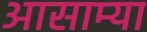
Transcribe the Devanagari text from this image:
आसाम्या